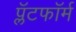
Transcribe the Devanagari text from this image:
प्लॅटफाॅर्म